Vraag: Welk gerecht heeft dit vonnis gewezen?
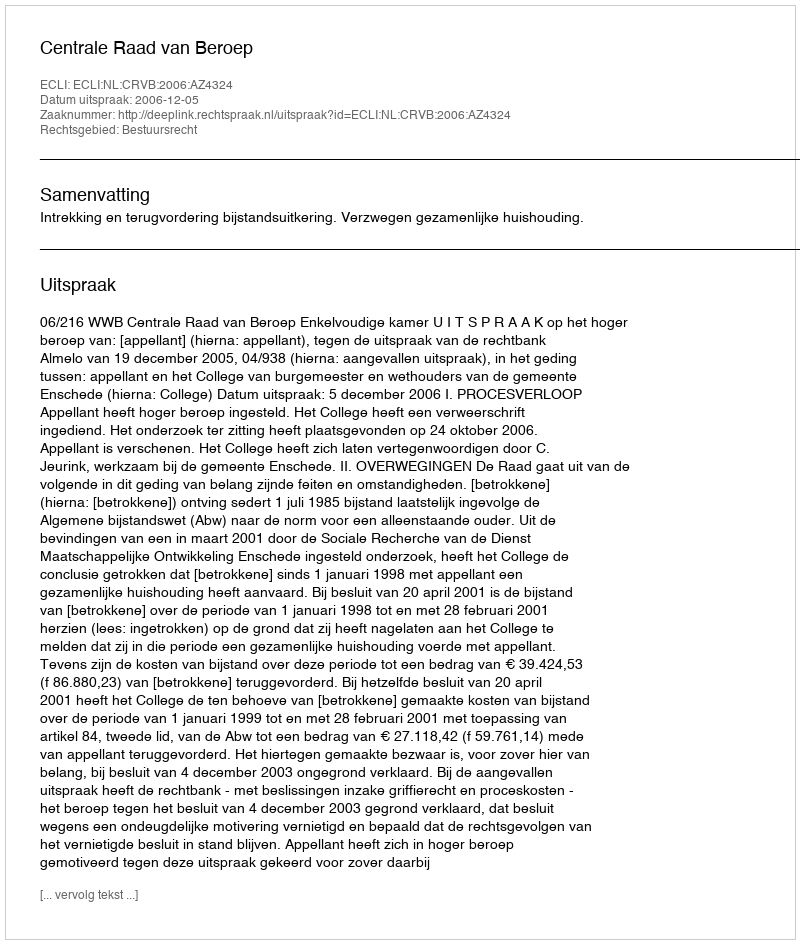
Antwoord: Centrale Raad van Beroep